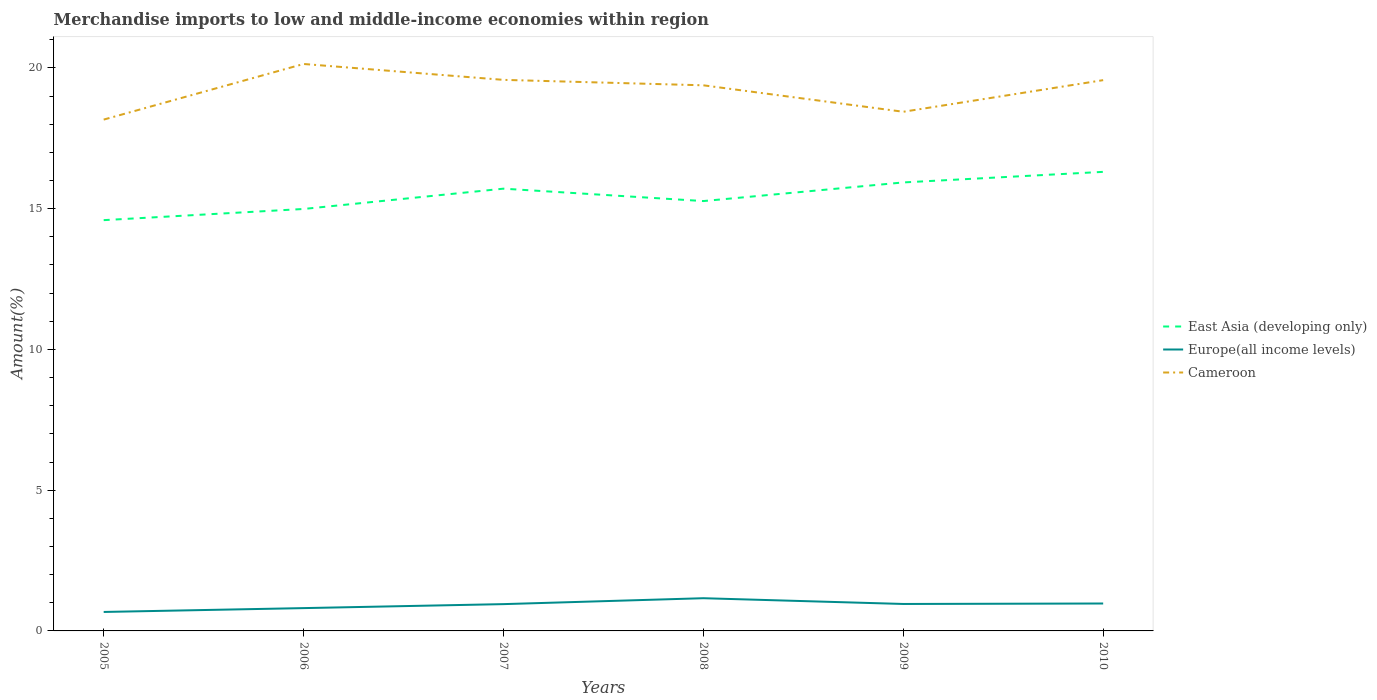
| Years | East Asia (developing only) | Europe(all income levels) | Cameroon |
 | --- | --- | --- | --- |
 | 2005 | 14.6 | 0.674 | 18.2 |
 | 2006 | 15 | 0.81 | 20.1 |
 | 2007 | 15.7 | 0.952 | 19.6 |
 | 2008 | 15.3 | 1.16 | 19.4 |
 | 2009 | 15.9 | 0.958 | 18.4 |
 | 2010 | 16.3 | 0.974 | 19.6 |